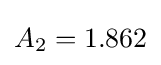
A_{2}=1.862